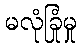
မလုံခြုံမှု